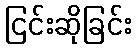
ငြင်းဆိုခြင်း